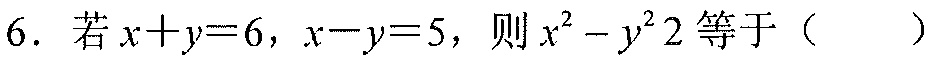
6. 若\(x + y = 6\)，\(x - y = 5\)，则\(x^{2}-y^{2}2\)等于（  ）